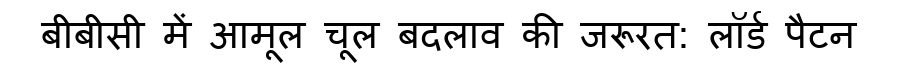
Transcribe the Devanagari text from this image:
बीबीसी में आमूल चूल बदलाव की जरूरत: लॉर्ड पैटन